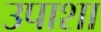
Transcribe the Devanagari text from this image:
उपाशा